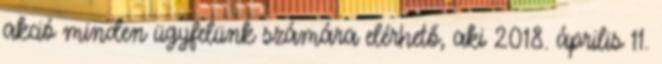
akció minden ügyfelünk számára elérhető, aki 2018. április 11.